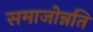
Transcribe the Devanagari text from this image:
समाजोन्नति